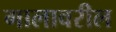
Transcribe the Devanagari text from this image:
गालावरील